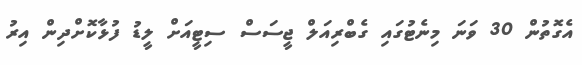
އެގޮތުން 30 ވަނަ މިނެޓުގައި ގެބްރިއަލް ޖީސަސް ސިޓީއަށް ލީޑު ފުޅާކޮށްދިން އިރު